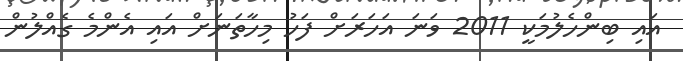
އައި ބިންހެލުމަކީ 2011 ވަނަ އަހަރަށް ފަހު މިހާތަނަށް އައި އެންމެ ގެއްލުން